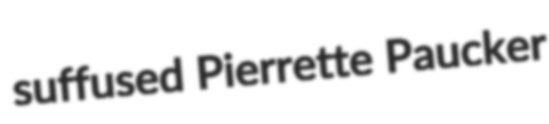
suffused Pierrette Paucker